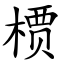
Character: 槚